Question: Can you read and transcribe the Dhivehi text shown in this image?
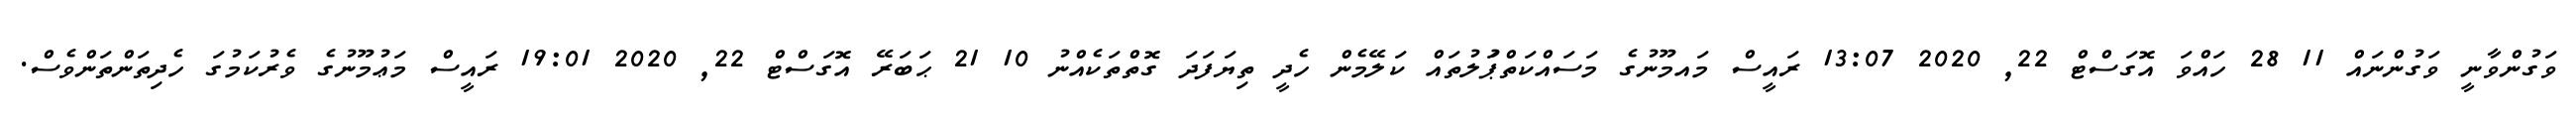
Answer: ވަގުންވާނީ ވަގުންނައް 11 28 ހައްވަ އޮގަސްޓް 22, 2020 13:07 ރައީސް މައމޫނުގެ މަސައްކަތްޕުަލުތައް ކަލޭމެން ހެދީ ތިޔަފަދަ ގޮތްތަކެއްނު 10 21 ޙަބަރޭ އޮގަސްޓް 22, 2020 19:01 ރައީސް މަޢުމޫނުގެ ވެރުކަމުގަ ހެދިތަންތަންވެސް.